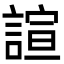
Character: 諠